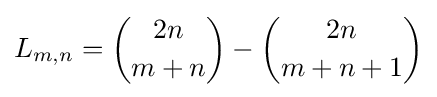
L_{m,n}={\binom {2n}{m+n}}-{\binom {2n}{m+n+1}}